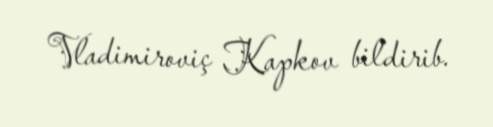
Vladimiroviç Kapkov bildirib.